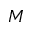
M